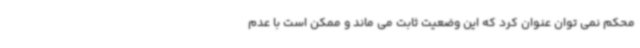
محکم نمی توان عنوان کرد که این وضعیت ثابت می ماند و ممکن است با عدم